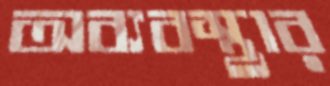
অব্যবস্থার